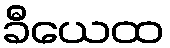
ခီယေထ